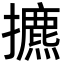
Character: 㩠